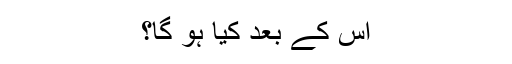
اس کے بعد کیا ہو گا؟